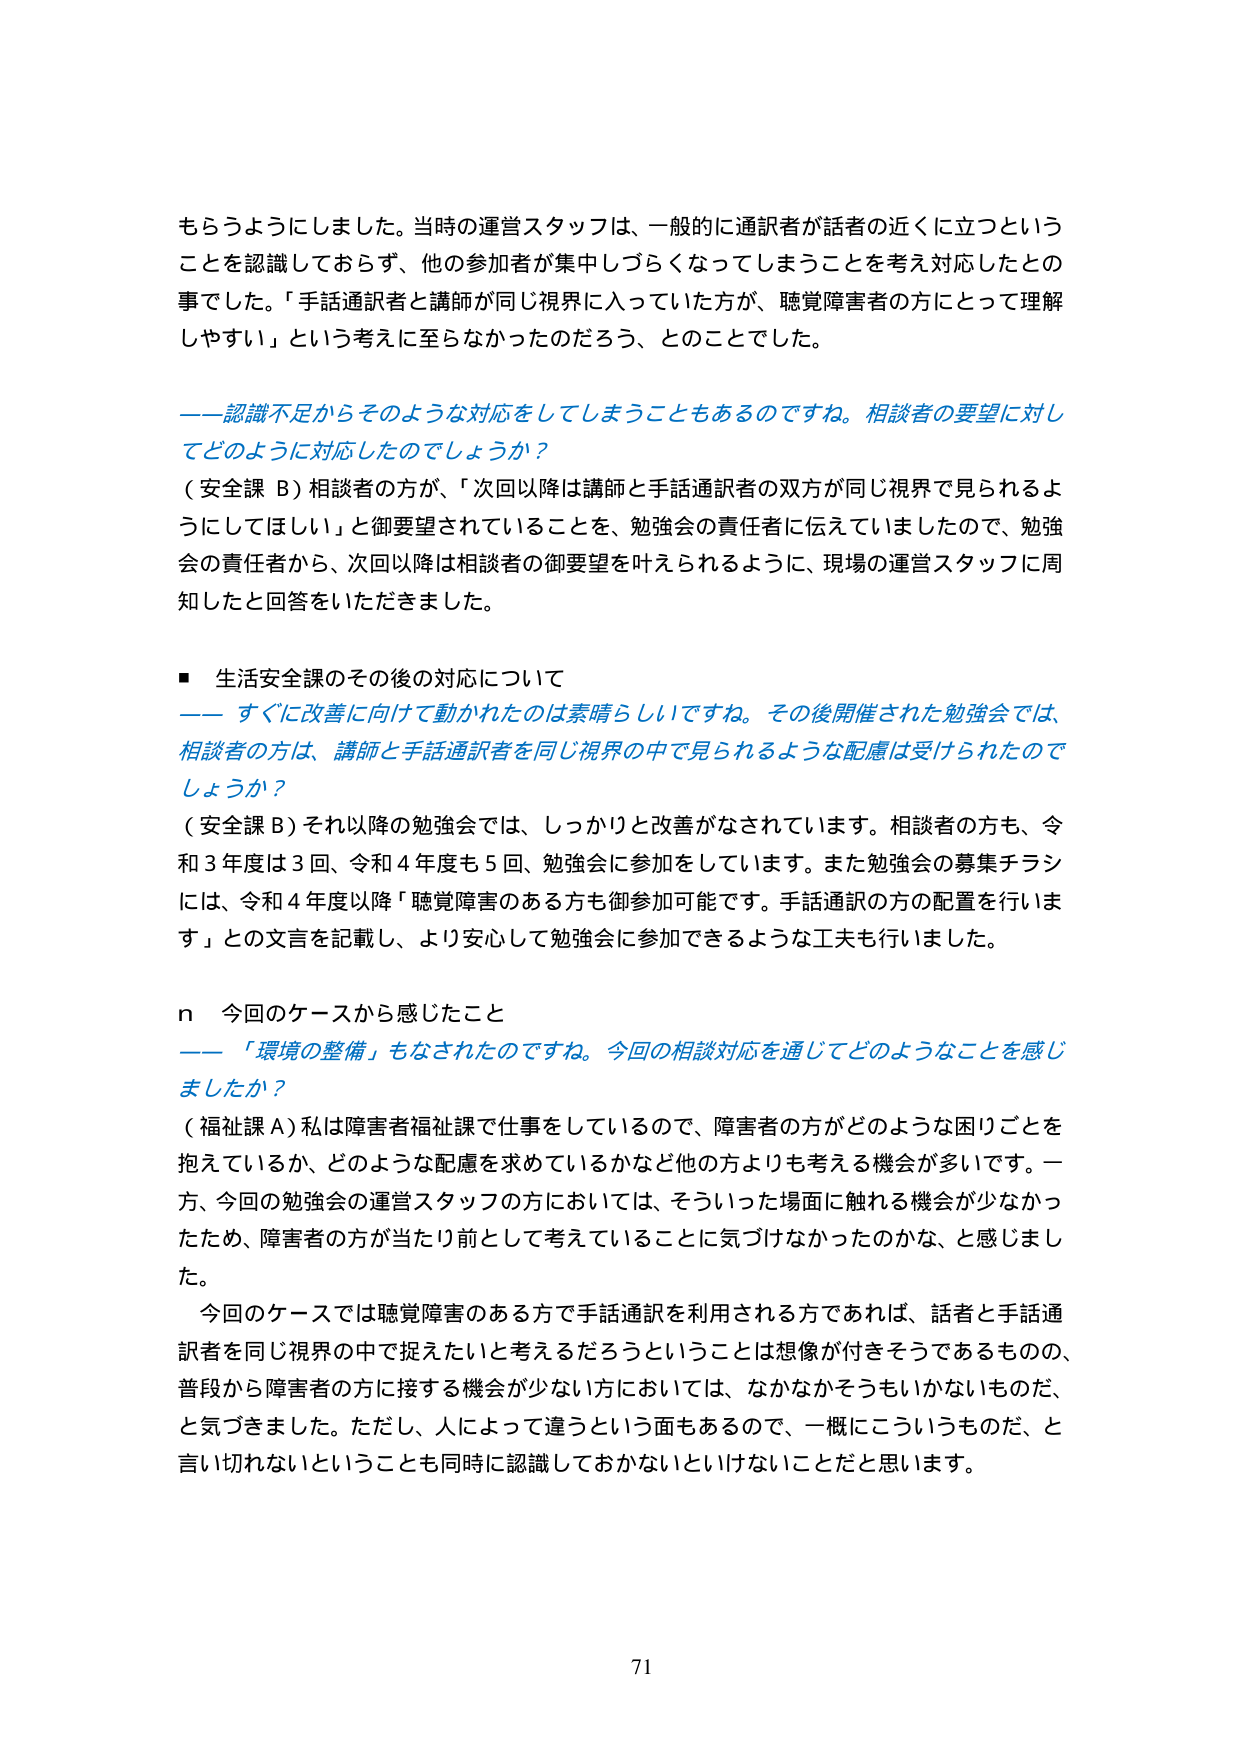
もらうようにしました。当時の運営スタッフは、一般的に通訳者が話者の近くに立つということを認識しておらず、他の参加者が集中しづらくなってしまうことを考え対応したとの事でした。「手話通訳者と講師が同じ視界に入っていた方が、聴覚障害者の方にとって理解しやすい」という考えに至らなかったのだろう、とのことでした。

――認識不足からそのような対応をしてしまうこともあるのですね。相談者の要望に対してどのように対応したのでしょうか？

（安全課 B）相談者の方が、「次回以降は講師と手話通訳者の双方が同じ視界で見られるようにしてほしい」と御要望されていることを、勉強会の責任者に伝えていましたので、勉強会の責任者から、次回以降は相談者の御要望を叶えられるように、現場の運営スタッフに周知したと回答をいただきました。

■ 生活安全課のその後の対応について

――すぐに改善に向けて動かれたのは素晴らしいですね。その後開催された勉強会では、相談者の方は、講師と手話通訳者を同じ視界の中で見られるような配慮は受けられたのでしょうか？

（安全課 B）それ以降の勉強会では、しっかりと改善がなされています。相談者の方も、令和3年度は3回、令和4年度も5回、勉強会に参加をしています。また勉強会の募集チラシには、令和4年度以降「聴覚障害のある方も御参加可能です。手話通訳の方の配置を行います」との文言を記載し、より安心して勉強会に参加できるような工夫も行いました。

n 今回のケースから感じたこと

――「環境の整備」もなされたのですね。今回の相談対応を通じてどのようなことを感じましたか？

（福祉課 A）私は障害者福祉課で仕事をしているので、障害者の方がどのような困りごとを抱えているか、どのような配慮を求めているかなど他の方よりも考える機会が多いです。一方、今回の勉強会の運営スタッフの方においては、そういった場面に触れる機会が少なかったため、障害者の方が当たり前として考えていることに気づけなかったのかな、と感じました。

今回のケースでは聴覚障害のある方で手話通訳を利用される方であれば、話者と手話通訳者を同じ視界の中で捉えたいと考えるだろうということは想像が付きそうであるものの、普段から障害者の方に接する機会が少ない方においては、なかなかそうもいかないものだ、と気づきました。ただし、人によって違うという面もあるので、一概にこういうものだ、と言い切れないということも同時に認識しておかないといけないことだと思います。

71